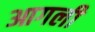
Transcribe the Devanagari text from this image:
आगली